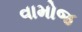
વામોજ